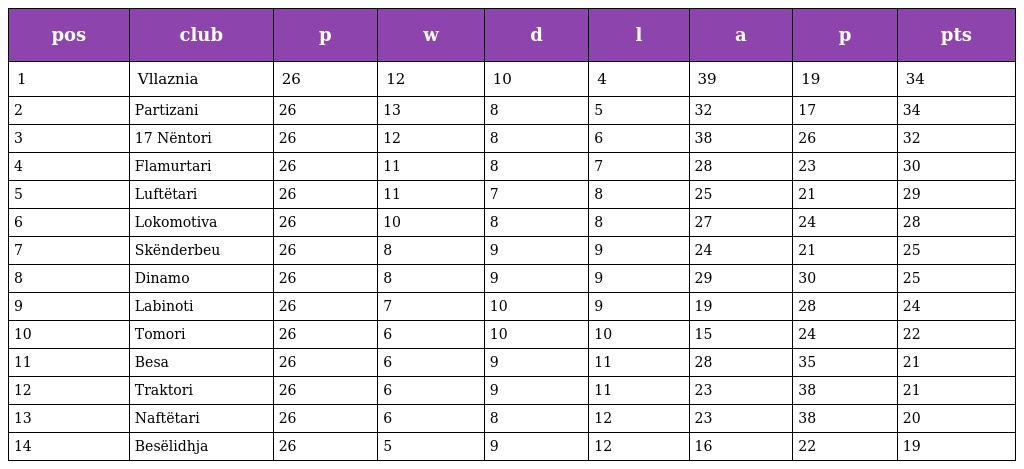
| pos | club | p | w | d | l | a | p | pts |
 | --- | --- | --- | --- | --- | --- | --- | --- | --- |
 | 1 | Vllaznia | 26 | 12 | 10 | 4 | 39 | 19 | 34 |
 | 2 | Partizani | 26 | 13 | 8 | 5 | 32 | 17 | 34 |
 | 3 | 17 Nëntori | 26 | 12 | 8 | 6 | 38 | 26 | 32 |
 | 4 | Flamurtari | 26 | 11 | 8 | 7 | 28 | 23 | 30 |
 | 5 | Luftëtari | 26 | 11 | 7 | 8 | 25 | 21 | 29 |
 | 6 | Lokomotiva | 26 | 10 | 8 | 8 | 27 | 24 | 28 |
 | 7 | Skënderbeu | 26 | 8 | 9 | 9 | 24 | 21 | 25 |
 | 8 | Dinamo | 26 | 8 | 9 | 9 | 29 | 30 | 25 |
 | 9 | Labinoti | 26 | 7 | 10 | 9 | 19 | 28 | 24 |
 | 10 | Tomori | 26 | 6 | 10 | 10 | 15 | 24 | 22 |
 | 11 | Besa | 26 | 6 | 9 | 11 | 28 | 35 | 21 |
 | 12 | Traktori | 26 | 6 | 9 | 11 | 23 | 38 | 21 |
 | 13 | Naftëtari | 26 | 6 | 8 | 12 | 23 | 38 | 20 |
 | 14 | Besëlidhja | 26 | 5 | 9 | 12 | 16 | 22 | 19 |